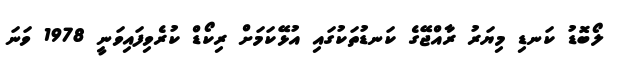
ލޯބޮޑު ކަނޑި މިޔަރު ރާއްޖޭގެ ކަނޑުތަކުގައި އުޅޭކަމަށް ރިކޯޑް ކުރެވިފައިވަނީ 1978 ވަނަ